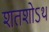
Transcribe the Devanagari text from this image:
शतशोऽथ